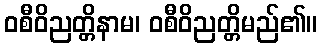
ဝစီဝိညတ္တိနာမ၊ ဝစီဝိညတ္တိမည်၏။